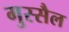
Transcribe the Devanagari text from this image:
गुस्‍सैल